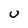
Character: U